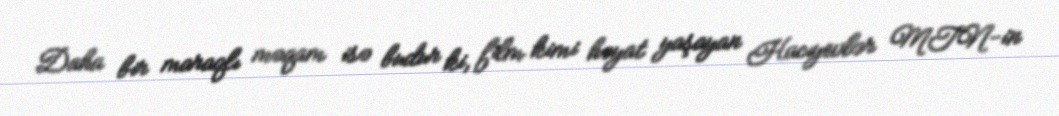
Daha bir maraqlı məqam isə budur ki, film kimi həyat yaşayan Hacıyevlər MTN-in